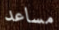
مساعد